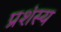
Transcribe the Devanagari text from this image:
प्रशंस्य